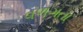
વળગતા